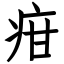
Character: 疳